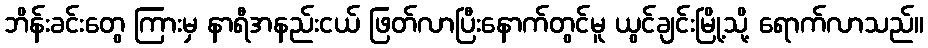
ဘိန်းခင်းတွေ ကြားမှ နာရီအနည်းငယ် ဖြတ်လာပြီးနောက်တွင်မူ ယွင်ချင်းမြို့သို့ ရောက်လာသည်။